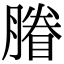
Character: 膡